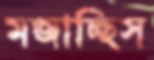
মজাচ্ছিস